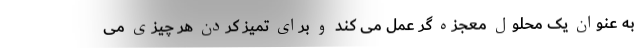
به عنوان یک محلول معجزه گر عمل می کند و برای تمیز کردن هر چیزی می